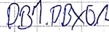
Text: DB1.DBX0.1